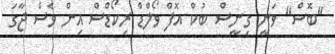
"ބޮސް" ވަނީ ގިނީސް ބުކް އޮފް ވޯލްޑް ރިކޯޑްސް އިން ވެސް ޖާގަ